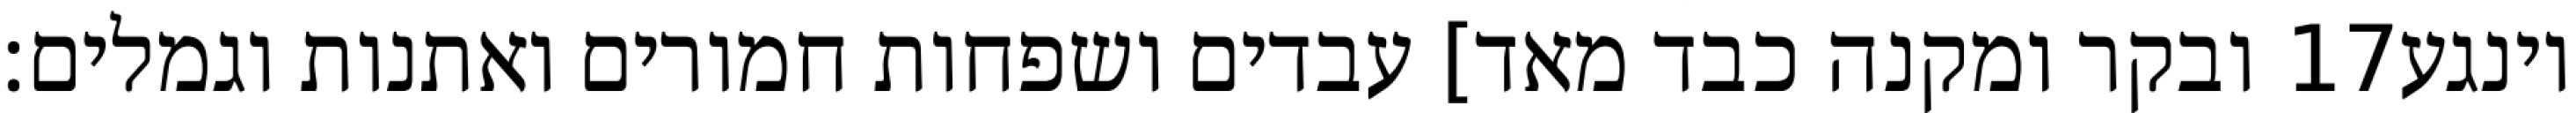
ובקר ומקנה כבד מאד] עבדים ושפחות חמורים ואתנות וגמלים׃ ‎17‏ וינגע